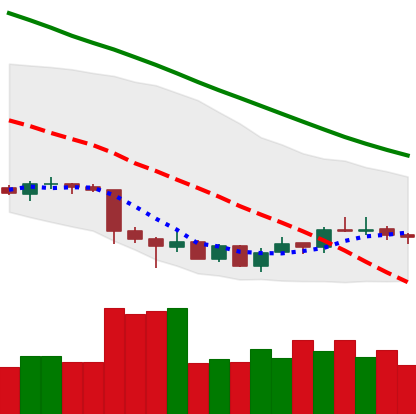
Ticker: LTC-USD
Chart end date: 2018-07-06
Forward return: -5.611%
Label: down_5_7